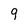
Character: 9